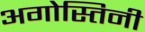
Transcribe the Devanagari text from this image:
अगोस्तिनी